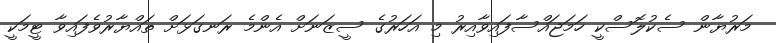
މަރުޔާން ސެކުލޮސްކީ ހަމަޖައްސާފައިވާއިރު މި އަހަރުގެ ސީޒަނަށް އެންމެ ރަނގަޅަށް ތައްޔާރުވެފައިވާ ޓީމަކީ